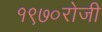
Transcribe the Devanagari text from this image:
१९७०रोजी